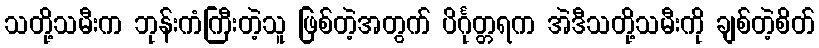
သတို့သမီးက ဘုန်းကံကြီးတဲ့သူ ဖြစ်တဲ့အတွက် ပိင်္ဂုတ္တရက အဲဒီသတို့သမီးကို ချစ်တဲ့စိတ်